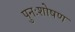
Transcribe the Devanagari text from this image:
पुनःशोषण